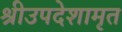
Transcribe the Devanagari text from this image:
श्रीउपदेशामृत